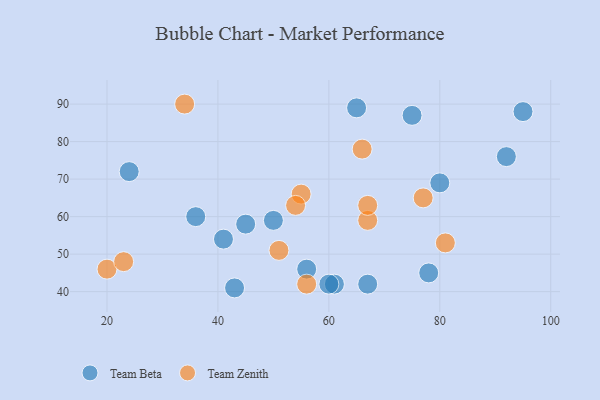
{"axis": {"x": "GDP", "y": "Life Expectancy"}, "legend": ["Team Beta", "Team Zenith"], "data": [{"x": "61", "y": 42, "type": "Team Beta"}, {"x": "65", "y": 89, "type": "Team Beta"}, {"x": "43", "y": 41, "type": "Team Beta"}, {"x": "41", "y": 54, "type": "Team Beta"}, {"x": "56", "y": 46, "type": "Team Beta"}, {"x": "50", "y": 59, "type": "Team Beta"}, {"x": "60", "y": 42, "type": "Team Beta"}, {"x": "24", "y": 72, "type": "Team Beta"}, {"x": "80", "y": 69, "type": "Team Beta"}, {"x": "92", "y": 76, "type": "Team Beta"}, {"x": "67", "y": 42, "type": "Team Beta"}, {"x": "45", "y": 58, "type": "Team Beta"}, {"x": "75", "y": 87, "type": "Team Beta"}, {"x": "78", "y": 45, "type": "Team Beta"}, {"x": "36", "y": 60, "type": "Team Beta"}, {"x": "95", "y": 88, "type": "Team Beta"}, {"x": "20", "y": 46, "type": "Team Zenith"}, {"x": "56", "y": 42, "type": "Team Zenith"}, {"x": "81", "y": 53, "type": "Team Zenith"}, {"x": "55", "y": 66, "type": "Team Zenith"}, {"x": "67", "y": 59, "type": "Team Zenith"}, {"x": "77", "y": 65, "type": "Team Zenith"}, {"x": "34", "y": 90, "type": "Team Zenith"}, {"x": "54", "y": 63, "type": "Team Zenith"}, {"x": "23", "y": 48, "type": "Team Zenith"}, {"x": "66", "y": 78, "type": "Team Zenith"}, {"x": "51", "y": 51, "type": "Team Zenith"}, {"x": "67", "y": 63, "type": "Team Zenith"}]}